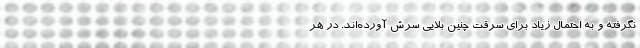
نگرفته و به احتمال زیاد برای سرقت چنین بلایی سرش آورده‌اند. در هر